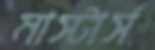
মাস্টার্স